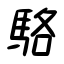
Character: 駱